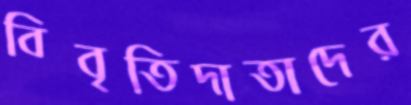
বিবৃতিদাতাদের